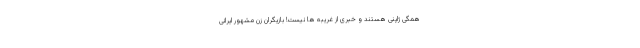
همگی ژاپنی هستند و خبری از غریبه ها نیست! بازیگران زن مشهور ایرانی